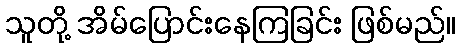
သူတို့ အိမ်ပြောင်းနေကြခြင်း ဖြစ်မည်။